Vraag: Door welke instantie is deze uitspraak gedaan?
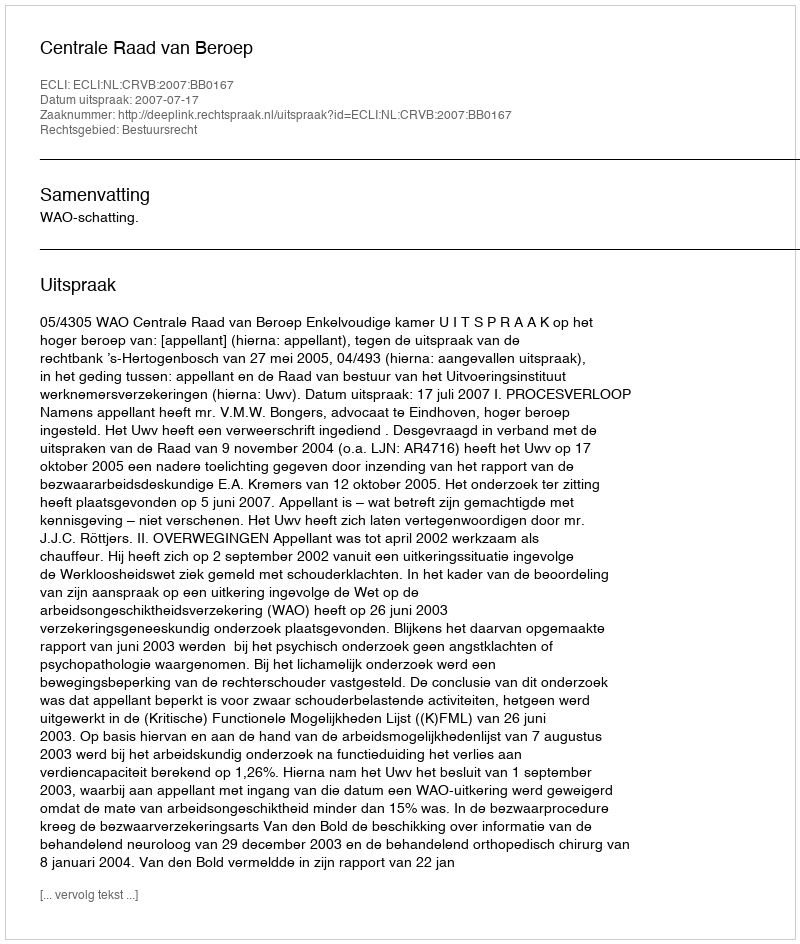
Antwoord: Centrale Raad van Beroep